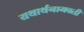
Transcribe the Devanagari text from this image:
यथार्थनामवती